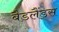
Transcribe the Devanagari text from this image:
बैडलैंड्स